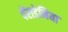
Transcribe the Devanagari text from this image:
पॅराडेनिया